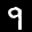
Label: 9